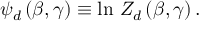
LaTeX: \psi _ { d } \, ( \beta , \gamma ) \equiv \ln \, Z _ { d } \, ( \beta , \gamma ) \, .